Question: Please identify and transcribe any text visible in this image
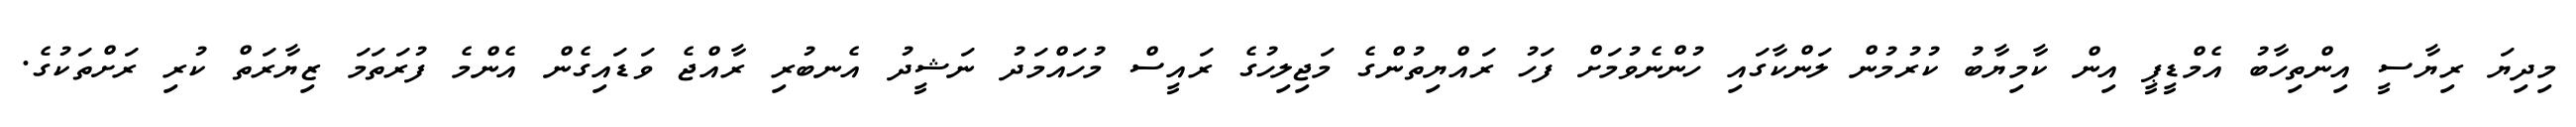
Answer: މިދިޔަ ރިޔާސީ އިންތިހާބު އެމްޑީޕީ އިން ކާމިޔާބު ކުރުމުން ލަންކާގައި ހުންނެވުމަށް ފަހު ރައްޔިތުންގެ މަޖިލިހުގެ ރައީސް މުހައްމަދު ނަޝީދު އެނބުރި ރާއްޖެ ވަޑައިގެން އެންމެ ފުރަތަމަ ޒިޔާރަތް ކުރި ރަށްތަކުގެ.